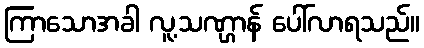
ကြာသောအခါ လူ့သဏ္ဌာန် ပေါ်လာရသည်။